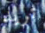
تريد